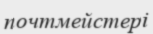
почтмейстері